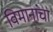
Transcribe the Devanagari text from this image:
विमानांंचा